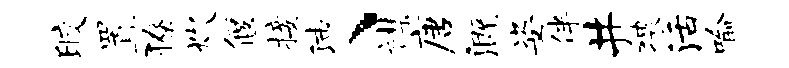
皎置獠炊偃接沛、襟唐溉姿伴井猥活喻